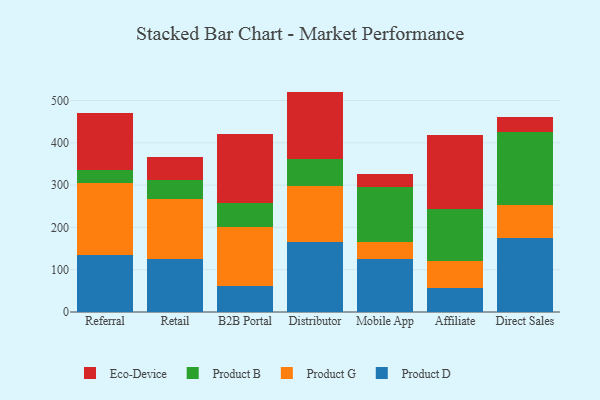
{"axis": {"x": "Channel", "y": "Latency (ms)"}, "legend": ["Eco-Device", "Product B", "Product D", "Product G"], "data": [{"x": "Referral", "y": 134.2, "type": "Product D"}, {"x": "Referral", "y": 171.3, "type": "Product G"}, {"x": "Referral", "y": 29.2, "type": "Product B"}, {"x": "Referral", "y": 135.8, "type": "Eco-Device"}, {"x": "Retail", "y": 125.5, "type": "Product D"}, {"x": "Retail", "y": 142.5, "type": "Product G"}, {"x": "Retail", "y": 43.1, "type": "Product B"}, {"x": "Retail", "y": 56.1, "type": "Eco-Device"}, {"x": "B2B Portal", "y": 62.4, "type": "Product D"}, {"x": "B2B Portal", "y": 137.6, "type": "Product G"}, {"x": "B2B Portal", "y": 56.5, "type": "Product B"}, {"x": "B2B Portal", "y": 164.6, "type": "Eco-Device"}, {"x": "Distributor", "y": 166.2, "type": "Product D"}, {"x": "Distributor", "y": 132.4, "type": "Product G"}, {"x": "Distributor", "y": 63.0, "type": "Product B"}, {"x": "Distributor", "y": 159.4, "type": "Eco-Device"}, {"x": "Mobile App", "y": 124.4, "type": "Product D"}, {"x": "Mobile App", "y": 40.0, "type": "Product G"}, {"x": "Mobile App", "y": 131.7, "type": "Product B"}, {"x": "Mobile App", "y": 29.0, "type": "Eco-Device"}, {"x": "Affiliate", "y": 56.4, "type": "Product D"}, {"x": "Affiliate", "y": 63.2, "type": "Product G"}, {"x": "Affiliate", "y": 123.3, "type": "Product B"}, {"x": "Affiliate", "y": 176.5, "type": "Eco-Device"}, {"x": "Direct Sales", "y": 175.3, "type": "Product D"}, {"x": "Direct Sales", "y": 77.9, "type": "Product G"}, {"x": "Direct Sales", "y": 171.8, "type": "Product B"}, {"x": "Direct Sales", "y": 35.5, "type": "Eco-Device"}]}